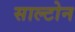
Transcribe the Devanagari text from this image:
साल्टोन